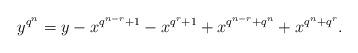
LaTeX: \begin{align*} y^{q^n}=y-x^{q^{n-r}+1}-x^{q^r+1}+x^{q^{n-r}+q^n}+x^{q^n+q^r}.\end{align*}